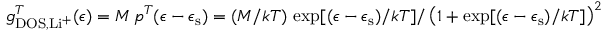
g _ { \mathrm { D O S } , \mathrm { L i ^ { + } } } ^ { T } ( \epsilon ) = M \, p ^ { T } ( \epsilon - \epsilon _ { \mathrm { s } } ) = ( M / k T ) \, \exp [ ( \epsilon - \epsilon _ { \mathrm { s } } ) / k T ] / \left( 1 + \exp [ ( \epsilon - \epsilon _ { \mathrm { s } } ) / k T ] \right) ^ { 2 }